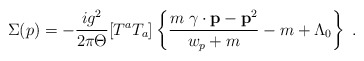
\begin{align*}\Sigma(p)= -\frac{ig^2}{2\pi \Theta}[T^{a} T_a] \left\{ \frac{m \; {\bf \gamma} \cdot {\bf p}-{\bf p}^2 }{w_p + m} - m+ \Lambda_0 \right\}\; . \end{align*}